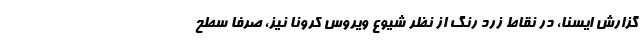
گزارش ایسنا، در نقاط زرد رنگ از نظر شیوع ویروس کرونا نیز، صرفا سطح